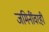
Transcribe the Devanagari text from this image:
जमिनींवरही